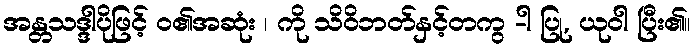
အန္တသဒ္ဒါပိုဖြင့် ဝ၏အဆုံး ၊ ကို သိဝိဘတ်နှင့်တကွ -ါ ပြု, ယုဝါ ပြီး၏။